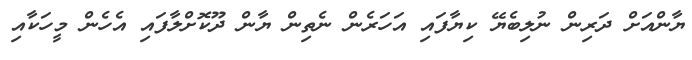
ޔާންއަށް ދަރިން ނުލިބެޔޭ ކިޔާފައި އަހަރެން ނެތިން ޔާން ދޫކޮށްލާފައި އެހެން މީހަކާއި